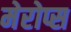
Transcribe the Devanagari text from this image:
मेरोप्स